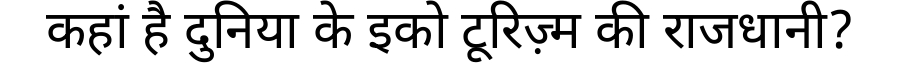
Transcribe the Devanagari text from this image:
कहां है दुनिया के इको टूरिज़्म की राजधानी?